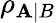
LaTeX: \rho_{\mathbf{A}|B}